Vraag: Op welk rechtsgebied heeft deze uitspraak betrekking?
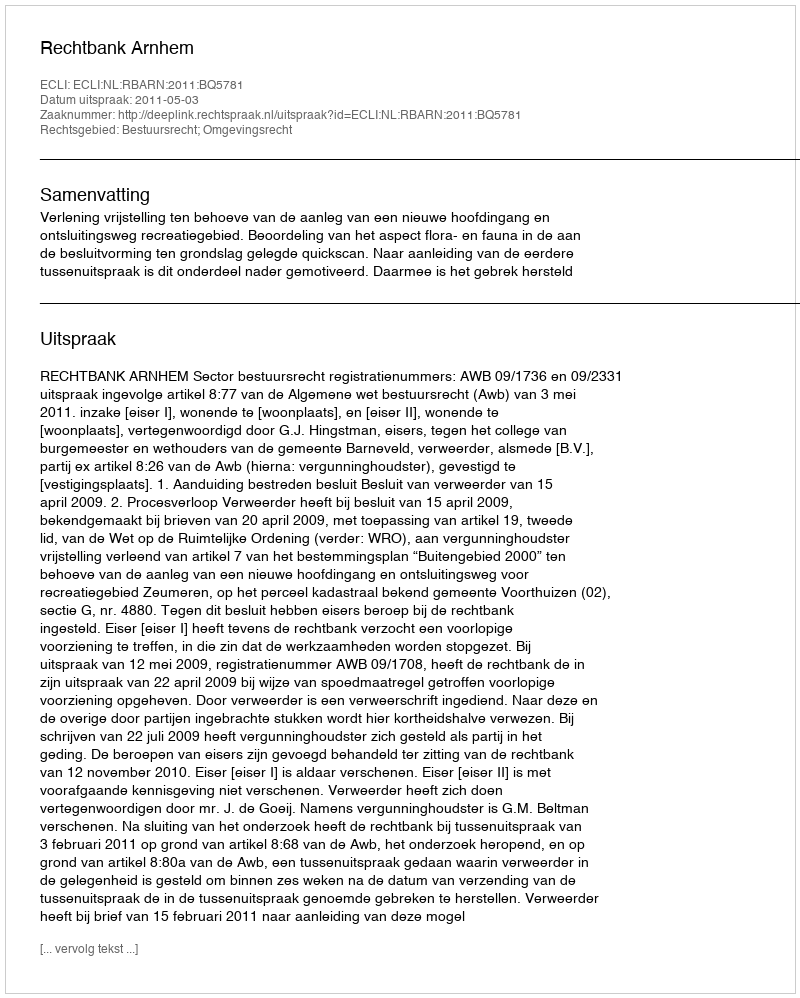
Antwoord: Bestuursrecht; Omgevingsrecht